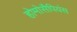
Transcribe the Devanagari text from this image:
होमोसैपियंस